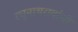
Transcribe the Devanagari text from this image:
रघुनाथरावांची